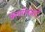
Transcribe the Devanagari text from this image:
क्लागेनफर्ट